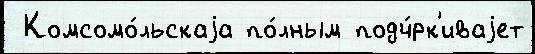
 Комсомо́льскаjа по́лным подч́рк'иваjет